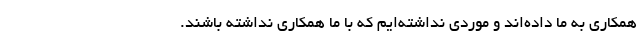
همکاری به ما داده‌اند و موردی نداشته‌ایم که با ما همکاری نداشته باشند.